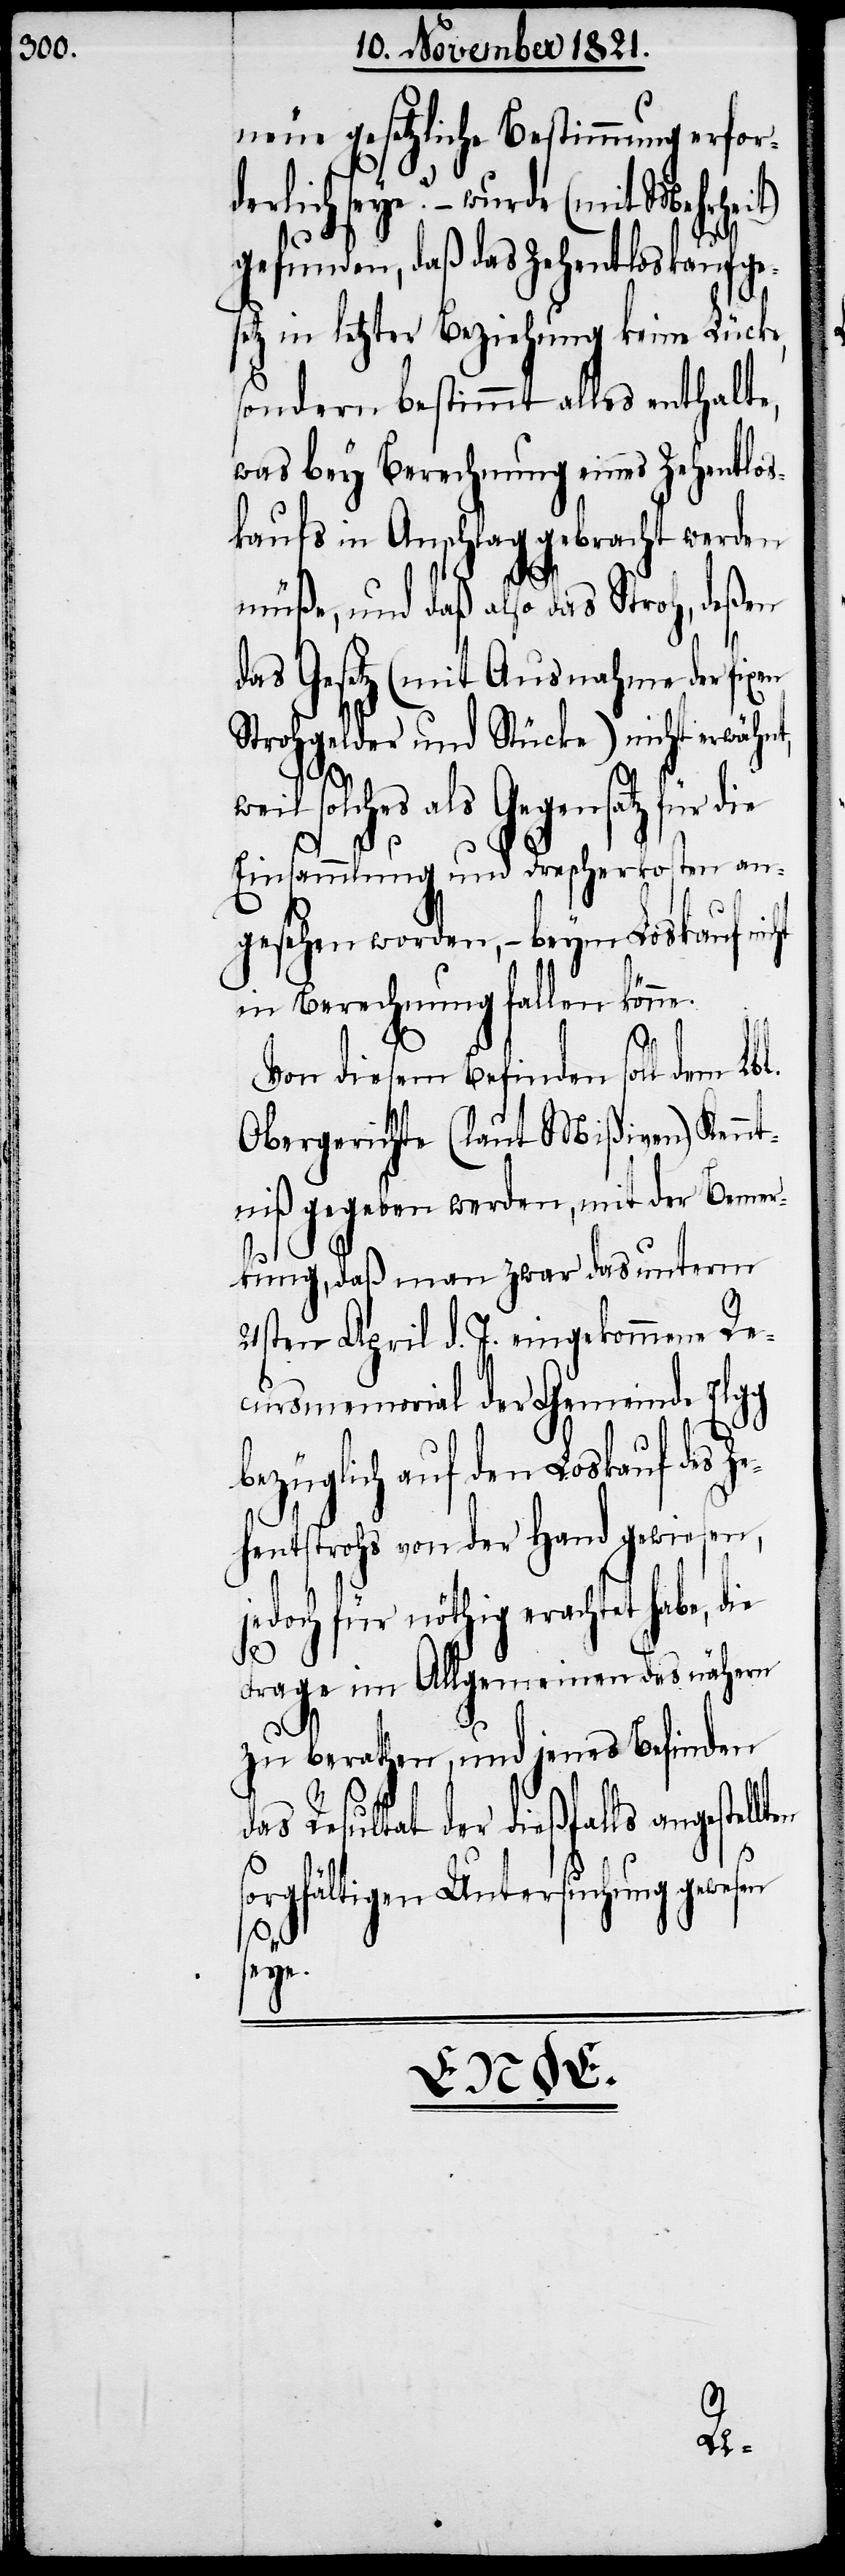
neue gesetzliche Bestimmung erford¬
erlich seye? – wurde (mit Mehrhei¬
gefunden, daß das Zehentloskaufge¬
setz in letzter Beziehung keine Lücke,
sondern bestimmt alles enthalte,
was bey Berechnung eines Zehentlos¬
kaufs in Anschlag gebracht werden
müße, und daß also das Stroh, deßen
das Gesetz (mit Ausnahme der fixen
Strohgelder und Stücke) nicht erwähnt,
ht
solches als Gegensatz für
Einsammlung und Drescherkosten an¬
gesehen worden, – beym Loskauf nic¬
in Berechnung fallen könne.
s¬
Von diesem Befinden soll dem Lbl.
Obergerichte (laut Mißiven) Kennt¬
niß gegeben werden, mit der Bemer¬
kung, daß man zwar das unterm
21sten April d. J. eingekommene Re¬
cursmemorial der Gemeinde Elgg
bezüglich auf den Loskauf des
Zehentstrohs von der Hand gewiesen,
jedoch für nöthig erachtet habe, die
das
Frage im Allgemeinen des nähern
zu berathen, und jenes Befinden
Resultat der dießfalls angestel¬
orgfältigen Untersuchung gewe¬
seye.